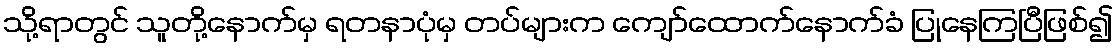
သို့ရာတွင် သူတို့နောက်မှ ရတနာပုံမှ တပ်များက ကျော်ထောက်နောက်ခံ ပြုနေကြပြီဖြစ်၍